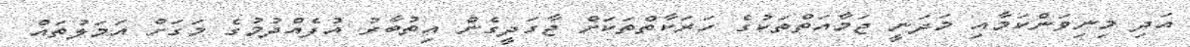
އަދި މިނިވަންކަމާއި މަދަނީ ޖަމާއަތްތަކުގެ ހަރަކާތްތަކަށް ޖާގަދީގެން އިތުބާރު އުފެއްދުމުގެ މަގަށް އަމަލުތައް